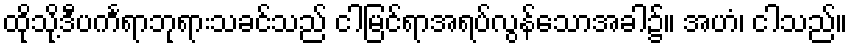
ထိုသို့ဒီပင်္ကရာဘုရားသခင်သည် ငါမြင်ရာအရပ်လွန်သောအခါ၌။ အဟံ၊ ငါသည်။